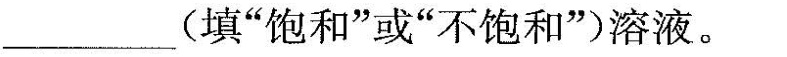
___(填”饱和”或”不饱和”)溶液。